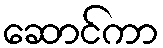
ဆောင်ကာ